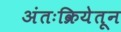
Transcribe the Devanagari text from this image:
अंतःक्रियेतून